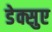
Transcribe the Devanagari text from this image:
डेक्सुए